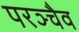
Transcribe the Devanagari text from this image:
परञ्चैव